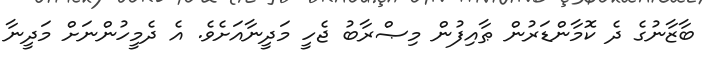
ބާޒާނުގެ ދެ ކޮމާންޑަރުން ޠާއިފުން މިޞްރާބު ޖެހީ މަދީނާއަށެވެ. އެ ދެމީހުންނަށް މަދީނާ